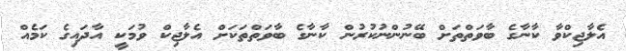
އެލާޖިކްވާ ކާނާގެ ބާވަތްތަށް ބޭނުންނުކުރުން ކާނާގެ ބާވަތްތަކަށް އެލާޖިކް ވުމަކީ އާދައިގެ ކަމެއް